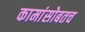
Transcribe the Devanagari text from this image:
कामांसोबतच